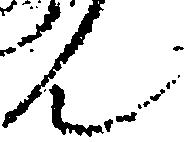
ん